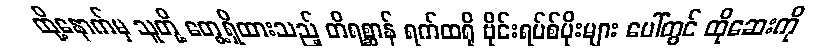
ထို့နောက်မှ သူတို့ တွေ့ရှိထားသည့် တိရစ္ဆာန် ရက်ထရို ဗိုင်းရပ်စ်ပိုးများ ပေါ်တွင် ထိုဆေးကို